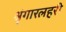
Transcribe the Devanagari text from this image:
श्रृंगारलहरी